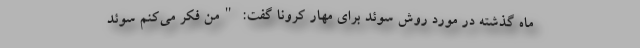
ماه گذشته در مورد روش سوئد برای مهار کرونا گفت: "من فکر می‌کنم سوئد